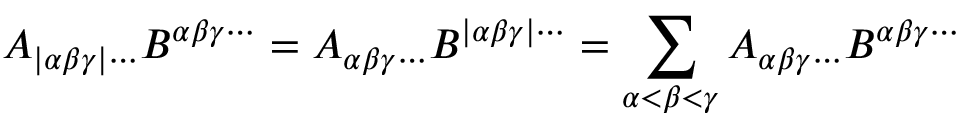
A _ { | \alpha \beta \gamma | \cdots } B ^ { \alpha \beta \gamma \cdots } = A _ { \alpha \beta \gamma \cdots } B ^ { | \alpha \beta \gamma | \cdots } = \sum _ { \alpha < \beta < \gamma } A _ { \alpha \beta \gamma \cdots } B ^ { \alpha \beta \gamma \cdots }